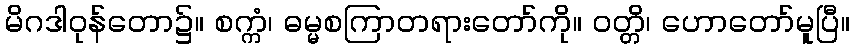
မိဂဒါဝုန်တော၌။ စက္ကံ၊ ဓမ္မစကြာတရားတော်ကို။ ဝတ္တိ၊ ဟောတော်မူပြီ။